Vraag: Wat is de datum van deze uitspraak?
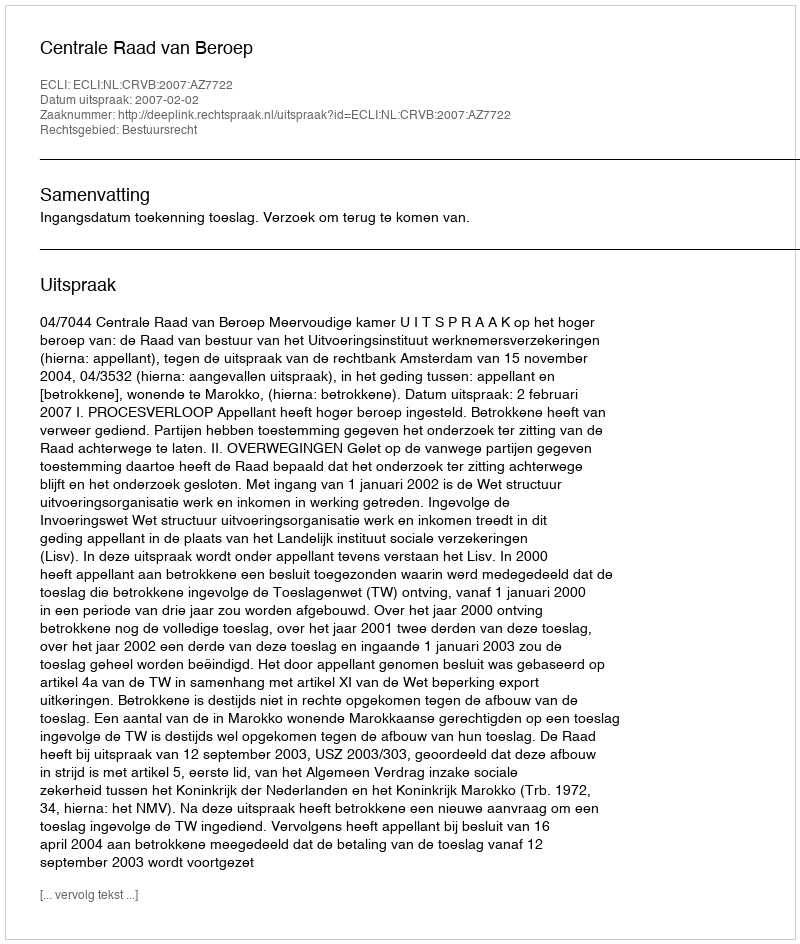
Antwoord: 2007-02-02